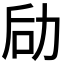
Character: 劶